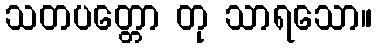
သတပတ္တော တု သာရသော။